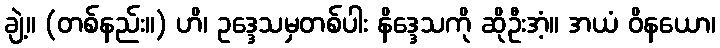
ချဲ့။ (တစ်နည်း။) ဟိ၊ ဥဒ္ဒေသမှတစ်ပါး နိဒ္ဒေသကို ဆိုဦးအံ့။ အယံ ဝိနယော၊